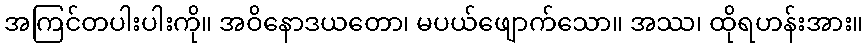
အကြင်တပါးပါးကို။ အဝိနောဒယတော၊ မပယ်ဖျောက်သော။ အဿ၊ ထိုရဟန်းအား။